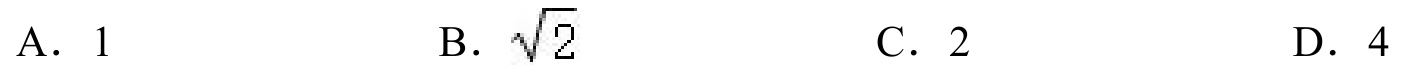
A. \(1\)  \quad B. \(\sqrt{2}\)  \quad C. \(2\)  \quad D. \(4\)